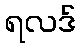
ရလဒ်